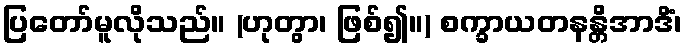
ပြတော်မူလိုသည်။ (ဟုတွာ၊ ဖြစ်၍။) စက္ခာယတနန္တိအာဒိံ၊